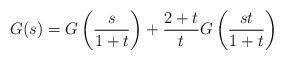
LaTeX: \begin{align*}G(s) = G \left( \frac s {1 + t} \right) + \frac {2 + t} t G \left( \frac {st} {1 + t} \right)\end{align*}